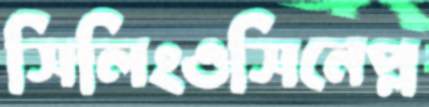
সিলিংওসিনেপ্ল